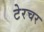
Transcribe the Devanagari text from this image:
टेरचर